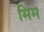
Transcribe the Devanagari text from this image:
मिम